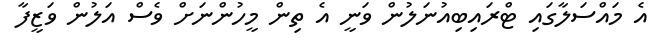
އެ މައްސަލާގައި ޓްރައިބިއުނަލުން ވަނީ އެ ތިން މީހުންނަށް ވެސް އަލުން ވަޒީފާ